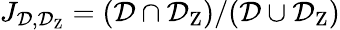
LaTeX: J_{\mathcal{D},\mathcal{D}_{\textrm{Z}}}=(\mathcal{D}\cap\mathcal{D}_{\textrm{Z}})/(\mathcal{D}\cup\mathcal{D}_{\textrm{Z}})